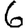
Digit: 6